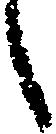
候